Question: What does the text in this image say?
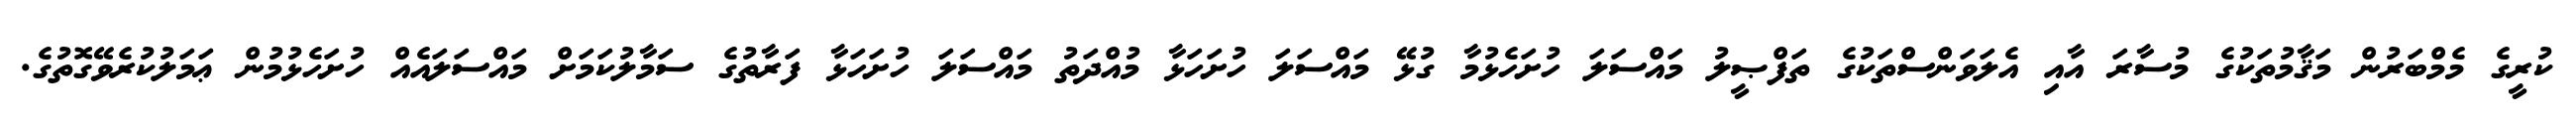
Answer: ކުރީގެ މެމްބަރުން މަޤާމުތަކުގެ މުސާރަ އާއި އެލަވަންސްތަކުގެ ތަފްޞީލު މައްސަލަ ހުށަހެޅުމާ ގުޅޭ މައްސަލަ ހުށަހަޅާ މުއްދަތު މައްސަލަ ހުށަހަޅާ ފަރާތުގެ ސަމާލުކަމަށް މައްސަލައެއް ހުށަހެޅުމުން ޢަމަލުކުރެވޭގޮތުގެ.